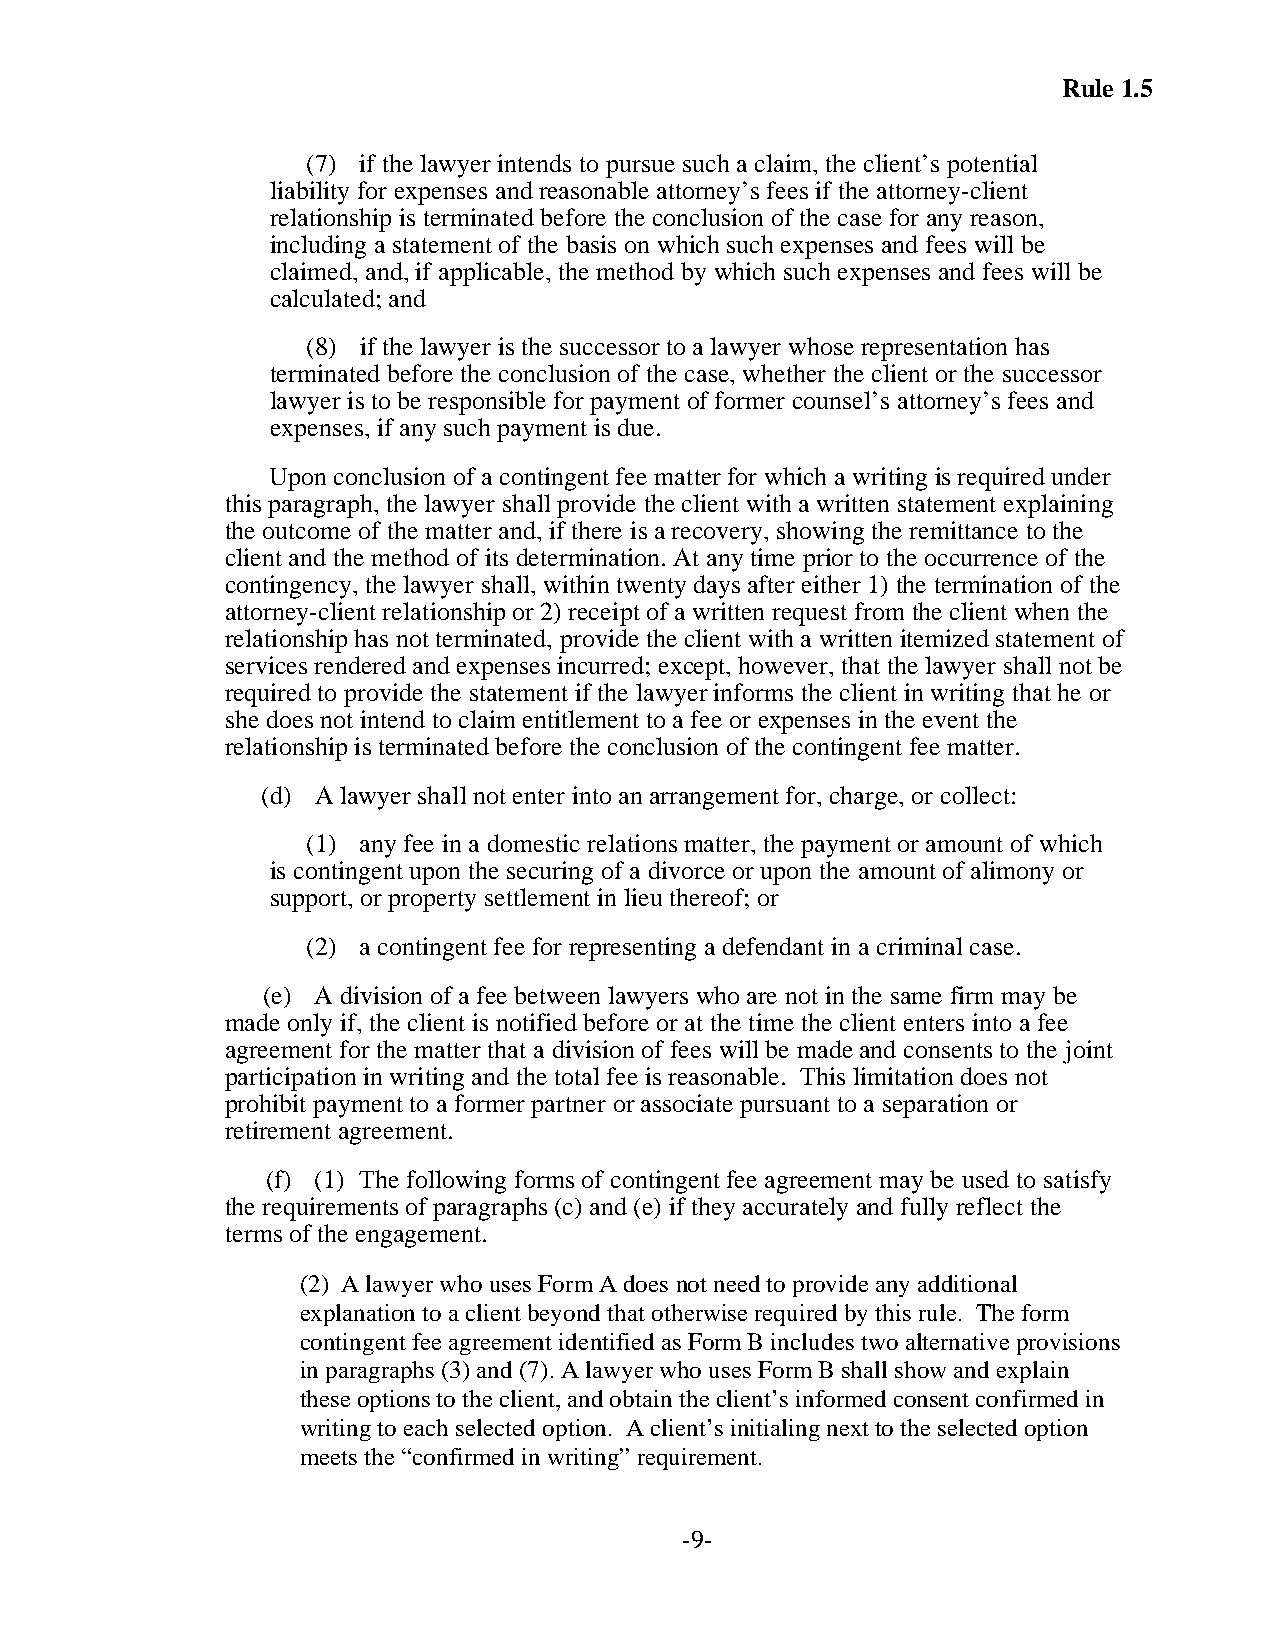
Rule 1.5
 (7) if the lawyer intends to pursue such a claim, the client’s potential
 liability for expenses and reasonable attorney’s fees if the attorney-client
 relationship is terminated before the conclusion of the case for any reason,
 including a statement of the basis on which such expenses and fees will be
 claimed, and, if applicable, the method by which such expenses and fees will be
 calculated; and
 (8) if the lawyer is the successor to a lawyer whose representation has
 terminated before the conclusion of the case, whether the client or the successor
 lawyer is to be responsible for payment of former counsel’s attorney’s fees and
 expenses, if any such payment is due.
 Upon conclusion of a contingent fee matter for which a writing is required under
 this paragraph, the lawyer shall provide the client with a written statement explaining
 the outcome of the matter and, if there is a recovery, showing the remittance to the
 client and the method of its determination. At any time prior to the occurrence of the
 contingency, the lawyer shall, within twenty days after either 1) the termination of the
 attorney-client relationship or 2) receipt of a written request from the client when the
 relationship has not terminated, provide the client with a written itemized statement of
 services rendered and expenses incurred; except, however, that the lawyer shall not be
 required to provide the statement if the lawyer informs the client in writing that he or
 she does not intend to claim entitlement to a fee or expenses in the event the
 relationship is terminated before the conclusion of the contingent fee matter.
 (d) A lawyer shall not enter into an arrangement for, charge, or collect:
 (1) any fee in a domestic relations matter, the payment or amount of which
 is contingent upon the securing of a divorce or upon the amount of alimony or
 support, or property settlement in lieu thereof; or
 (2) a contingent fee for representing a defendant in a criminal case.
 (e) A division of a fee between lawyers who are not in the same firm may be
 made only if, the client is notified before or at the time the client enters into a fee
 agreement for the matter that a division of fees will be made and consents to the joint
 participation in writing and the total fee is reasonable. This limitation does not
 prohibit payment to a former partner or associate pursuant to a separation or
 retirement agreement.
 (f) (1) The following forms of contingent fee agreement may be used to satisfy
 the requirements of paragraphs (c) and (e) if they accurately and fully reflect the
 terms of the engagement.
 (2) A lawyer who uses Form A does not need to provide any additional
 explanation to a client beyond that otherwise required by this rule. The form
 contingent fee agreement identified as Form B includes two alternative provisions
 in paragraphs (3) and (7). A lawyer who uses Form B shall show and explain
 these options to the client, and obtain the client’s informed consent confirmed in
 writing to each selected option. A client’s initialing next to the selected option
 meets the “confirmed in writing” requirement.
 -9-